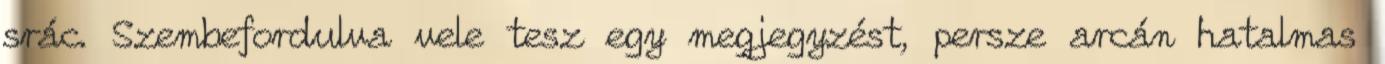
srác. Szembefordulva vele tesz egy megjegyzést, persze arcán hatalmas